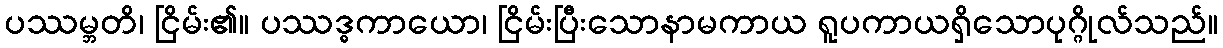
ပဿမ္ဘတိ၊ ငြိမ်း၏။ ပဿဒ္ဓကာယော၊ ငြိမ်းပြီးသောနာမကာယ ရူပကာယရှိသောပုဂ္ဂိုလ်သည်။